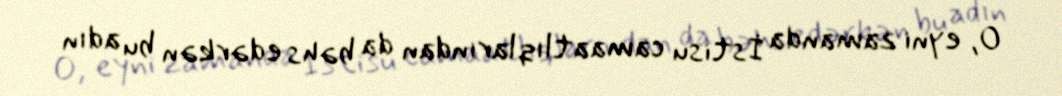
O, eyni zamanda İstisu camaatlıqlarından da bəhs edərkən bu adın